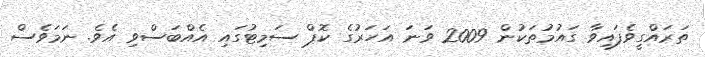
ތަރައްގީވެފައިވާ ގައުމުތަކުން 2009 ވަނަ އަަހަރުގެ ކޮޕް ސަމިޓުގައި އެއްބަސްވި އެވެ. ނަމަވެސް